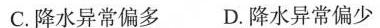
C.降水异常偏多 D.降水异常偏少